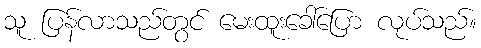
သူ ပြန်လာသည်တွင် မေးထူးခေါ်ပြော လုပ်သည်။